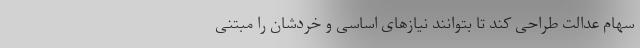
سهام عدالت طراحی کند تا بتوانند نیاز‌های اساسی‌ و خردشان را مبتنی